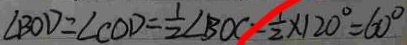
\angle B O D = \angle C O D = \frac { 1 } { 2 } \angle B O C - \frac { 1 } { 2 } \times 1 2 0 ^ { \circ } = 6 0 ^ { \circ }